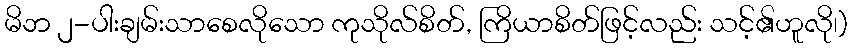
မိဘ ၂-ပါးချမ်းသာစေလိုသော ကုသိုလ်စိတ်, ကြိယာစိတ်ဖြင့်လည်း သင့်၏ဟူလို၊)